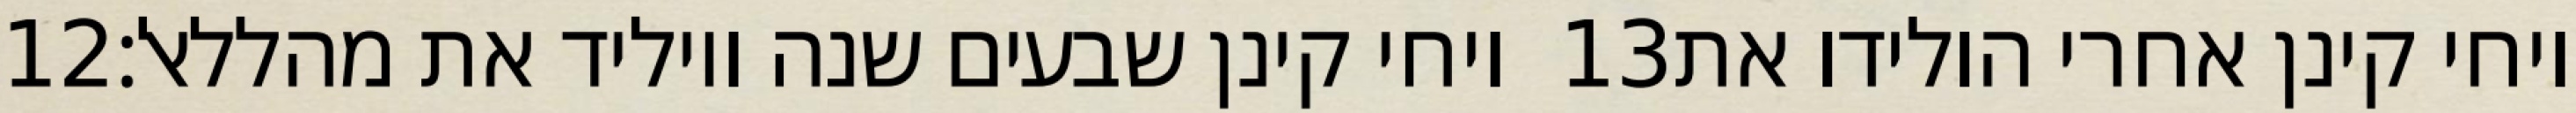
‎12‏ ויחי קינן שבעים שנה ויוליד את מהללאל׃ ‎13‏ ויחי קינן אחרי הולידו את